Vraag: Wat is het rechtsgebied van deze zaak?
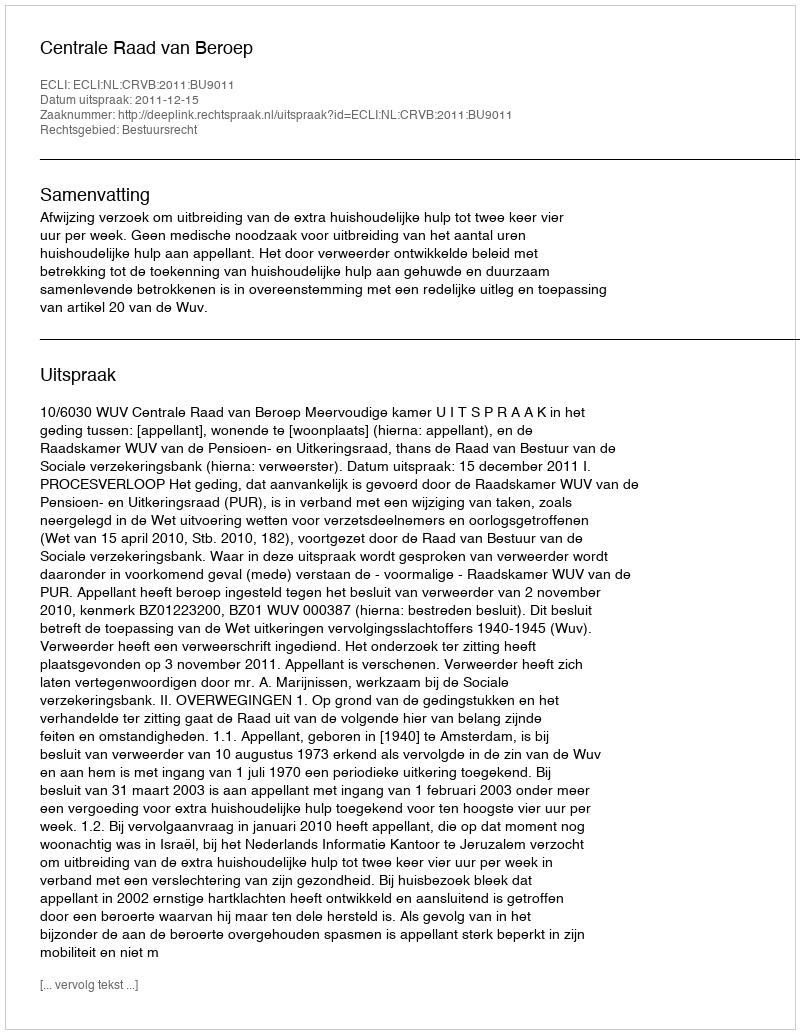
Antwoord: Bestuursrecht